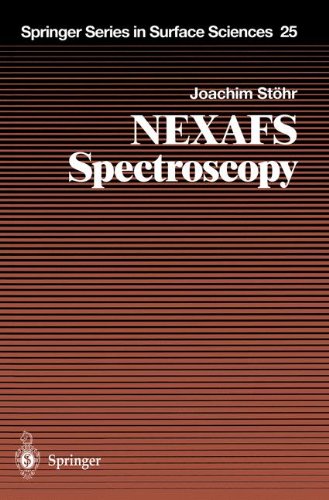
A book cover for NEXAFS Spectroscopy (Springer Series in Surface Sciences); Joachim StÃ¶hr; Science & Math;